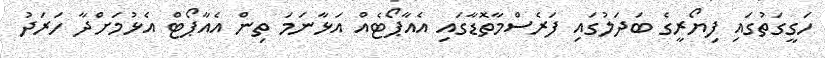
ހަގީގަތުގައި ފިޔޯރީގެ ބަދަލުގައި ފަރެސްމާތޮޑާގައި އެއާޕޯޓެއް އަޅާނަމަ ތިން އެއާޕޯޓް އެޅުމަށްދާ ހަރަދު